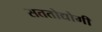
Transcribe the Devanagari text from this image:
सततोद्योगी